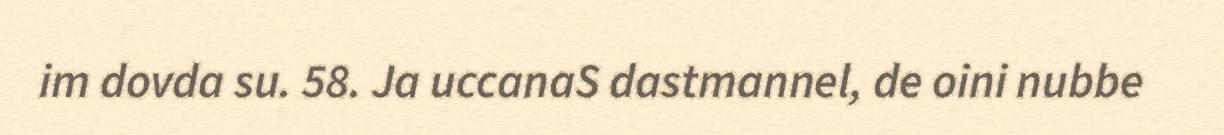
im dovda su. 58. Ja uccanaS dastmannel, de oini nubbe